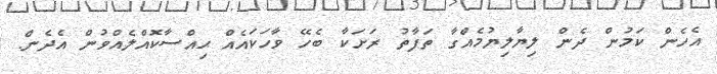
އެހެން ކަމުން ދެން ލިޔާލިޔުމެއްގާ ތަފާތު ރަށަކާ ބެހޭ ވާހަކައެއް ޙިއްސާކޮއްލެއްވުން އެދެން.